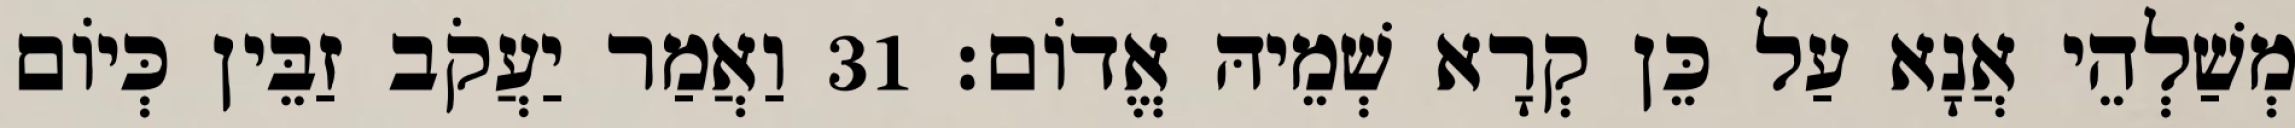
מְשַׁלְהֵי אֲנָא עַל כֵּן קְרָא שְׁמֵיהּ אֱדוֹם׃ 31 וַאֲמַר יַעֲקֹב זַבֵּין כְּיוֹם